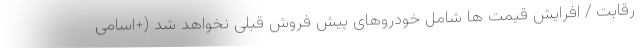
رقابت / افرایش قیمت ها شامل خودروهای پیش فروش قبلی نخواهد شد (+اسامی